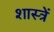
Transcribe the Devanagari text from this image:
शास्त्रें